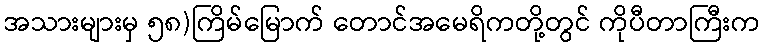
အသားများမှ ၅၈)ကြိမ်မြောက် တောင်အမေရိကတို့တွင် ကိုပီတာကြီးက